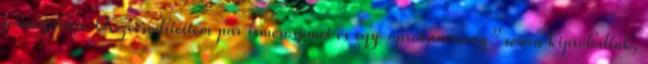
formájában. Összecsődítettem pár ismerősömet és egy „próbaverseny” során kipróbáltuk,